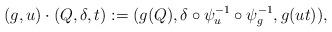
LaTeX: \begin{align*}(g,u) \cdot (Q,\delta,t) := (g (Q),\delta \circ \psi_u^{-1} \circ \psi_g^{-1},g (ut)) ,\end{align*}